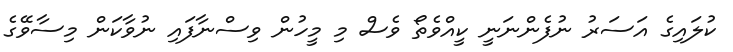
ކުލައިގެ އަސަރު ނުފެންނަނީ ކީއްވެތޯ ވެސް މި މީހުން ވިސްނާފައި ނުވާކަން މިސާވޭގެ